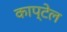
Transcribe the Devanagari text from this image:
काप्टेल